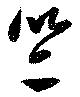
竺